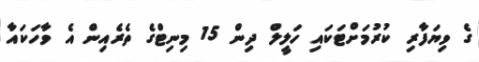
ގެ ވިޔަފާރި ކުރުމަށްޓަކައި ހަލީލް ދިން 15 މިނިޓްގެ ތެރެއިން އެ ވާހަކައާ